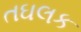
તઘલક